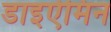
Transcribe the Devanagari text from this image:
डाइऐमिन